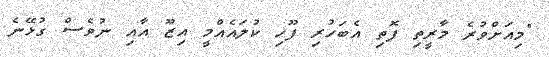
"މިއަށްވުރެ މާރީތި ފޮތި އެބަހުރި ފޫހި ކުލައެއްމީ އިޒޫ އާއި ނުވެސް ގުޅޭނެ